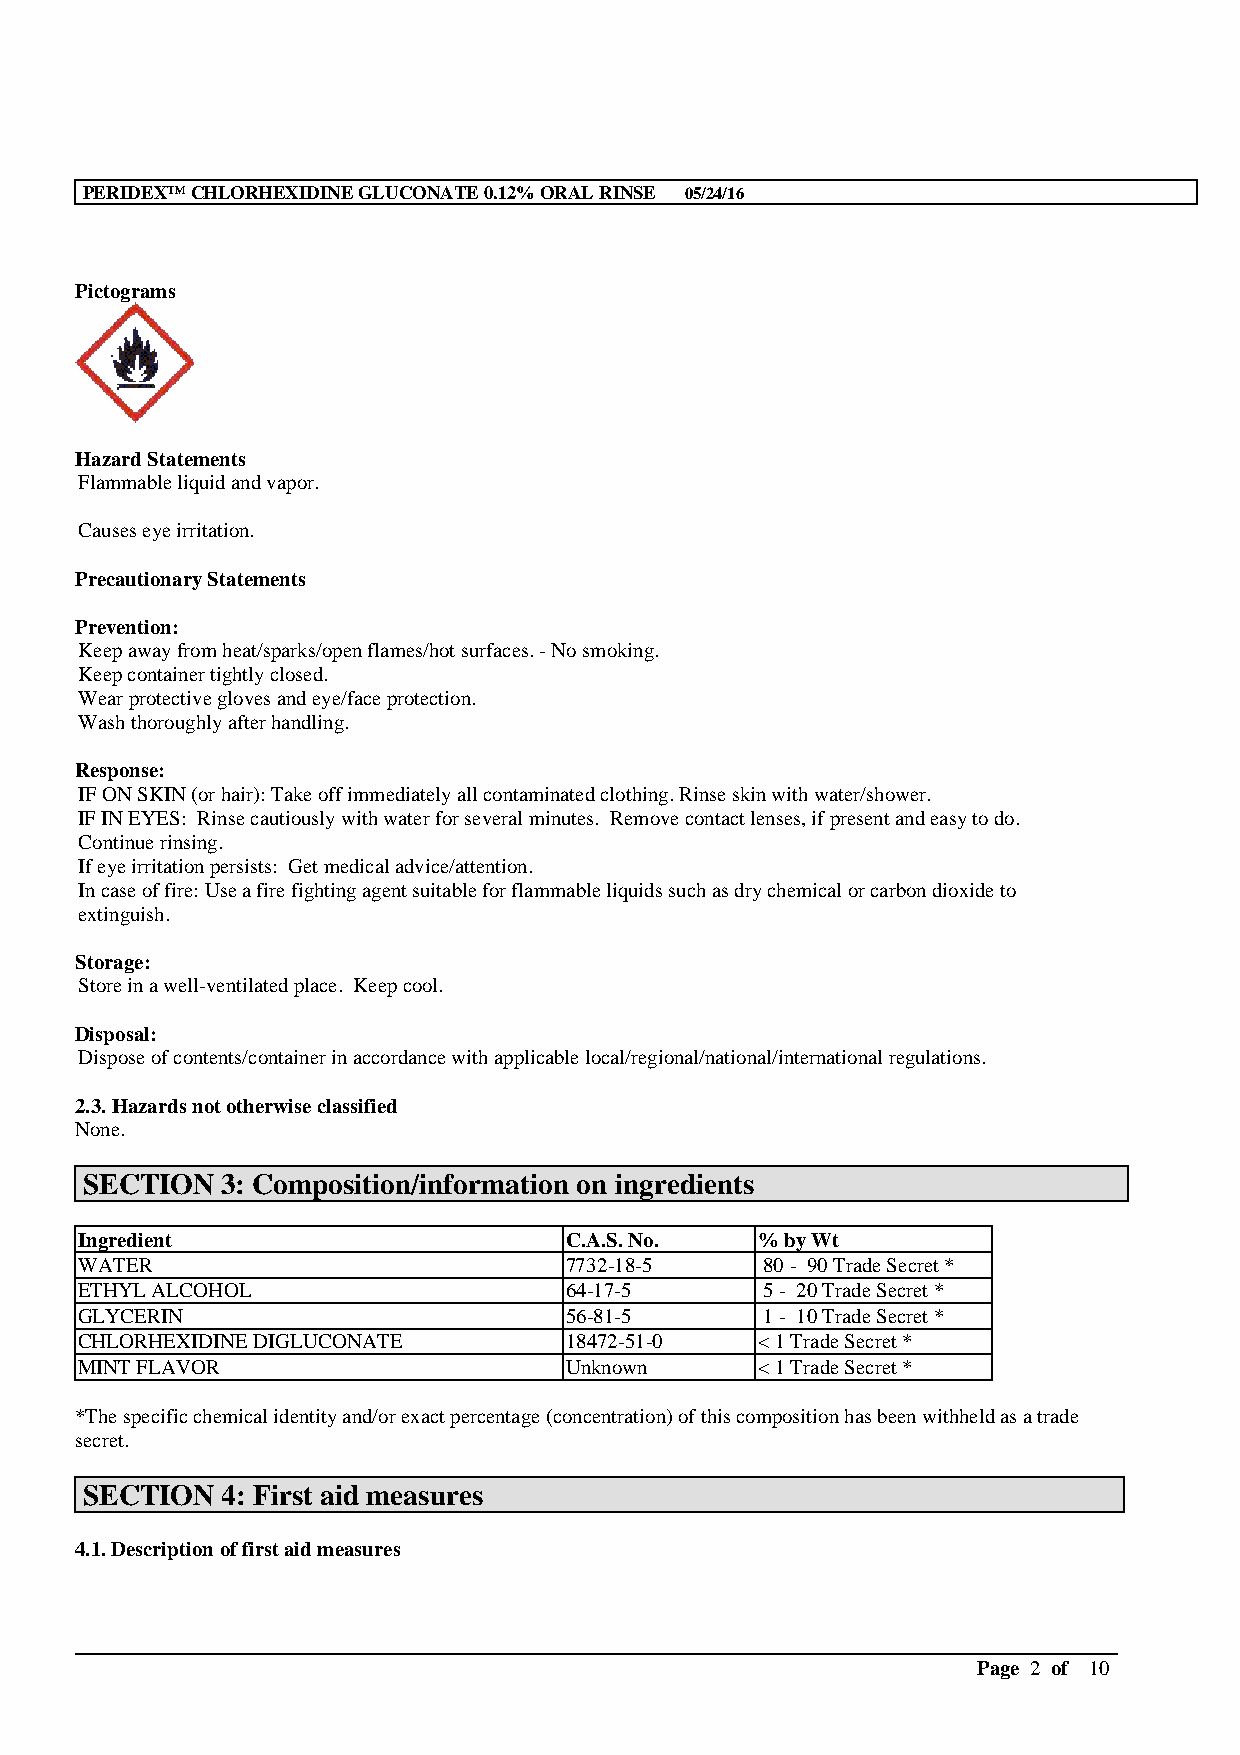
PERIDEX™CHLORHEXIDINE GLUCONATE 0.12% ORAL RINSE 05/24/16
 Pictograms
 Hazard Statements
 Flammable liquid and vapor.
 Causes eye irritation.
 Precautionary Statements
 Prevention:
 Keep awayfrom heat/sparks/open flames/hot surfaces. -No smoking.
 Keep container tightly closed.
 Wear protective gloves and eye/face protection.
 Wash thoroughly after handling.
 Response:
 IF ON SKIN (or hair): Take off immediately all contaminated clothing. Rinse skin with water/shower.
 IF IN EYES: Rinse cautiously with water for several minutes. Remove contact lenses, if present and easy to do.
 Continue rinsing.
 If eye irritation persists: Get medical advice/attention.
 In case of fire: Use a fire fighting agent suitable for flammable liquids such as dry chemical or carbon dioxide to
 extinguish.
 Storage:
 Store in a well-ventilated place. Keep cool.
 Disposal:
 Dispose of contents/container in accordance with applicable local/regional/national/international regulations.
 2.3. Hazards not otherwise classified
 None.
 SECTION   3: Composition/information on ingredients
 Ingredient                      C.A.S. No.   % by Wt
 WATER                           7732-18-5     80 - 90 Trade Secret *
 ETHYL ALCOHOL                   64-17-5       5 - 20 Trade Secret *
 GLYCERIN                        56-81-5       1 - 10 Trade Secret *
 CHLORHEXIDINE DIGLUCONATE       18472-51-0   < 1 Trade Secret *
 MINT FLAVOR                     Unknown      < 1 Trade Secret *
 *The specific chemical identity and/or exact percentage (concentration) of this composition has been withheld as a trade
 secret.
 SECTION   4: First aid measures
 4.1. Description of first aid measures
 __________________________________________________________________________________________
 Page 2 of 10